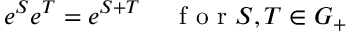
e ^ { S } e ^ { T } = e ^ { S + T } \textrm { } \; \; \; \textrm { f o r } S , T \in { \cal { G } } _ { + }